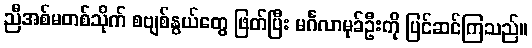
ညီအစ်မတစ်သိုက် စဗျစ်နွယ်တွေ ဖြတ်ပြီး မင်္ဂလာမုခ်ဦးကို ပြင်ဆင်ကြသည်။